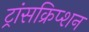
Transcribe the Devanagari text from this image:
ट्रांसक्रिप्‍शन